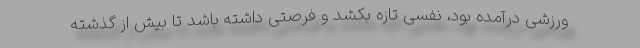
ورزشی درآمده بود، نفسی تازه بکشد و فرصتی داشته باشد تا بیش از گذشته